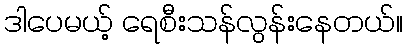
ဒါပေမယ့် ရေစီးသန်လွန်းနေတယ်။